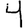
Digit: 4